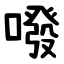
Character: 㗶